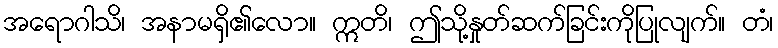
အရောဂါသိ၊ အနာမရှိ၏လော။ ဣတိ၊ ဤသို့နှုတ်ဆက်ခြင်းကိုပြုလျက်။ တံ၊